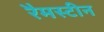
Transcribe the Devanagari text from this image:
रैमस्टीन